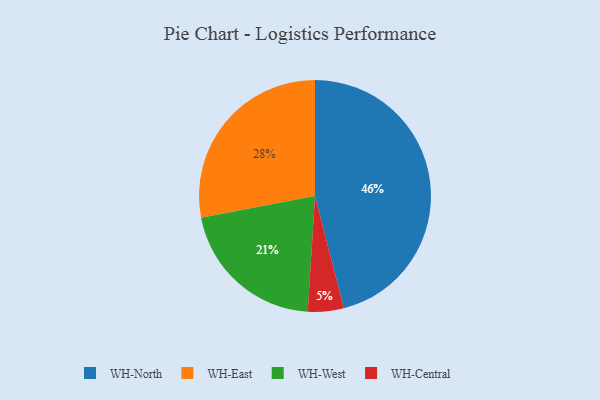
{"axis": {"x": "Category", "y": "Percentage"}, "legend": ["WH-Central", "WH-East", "WH-North", "WH-West"], "data": [{"x": "WH-East", "y": 28, "type": "WH-East"}, {"x": "WH-North", "y": 46, "type": "WH-North"}, {"x": "WH-West", "y": 21, "type": "WH-West"}, {"x": "WH-Central", "y": 5, "type": "WH-Central"}]}